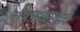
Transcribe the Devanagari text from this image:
त्रिफळाबाद